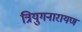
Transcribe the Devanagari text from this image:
त्रियुगनारायण